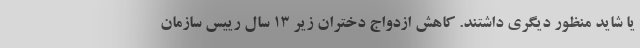
یا شاید منظور دیگری داشتند. کاهش ازدواج دختران زیر ۱۳ سال رییس سازمان